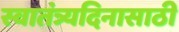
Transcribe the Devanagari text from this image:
स्वातंत्र्यदिनासाठी